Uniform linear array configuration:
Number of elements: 4
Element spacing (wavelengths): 1
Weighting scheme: blackman
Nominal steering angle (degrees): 15
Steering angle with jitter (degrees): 16.878
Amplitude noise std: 0.05
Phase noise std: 0.05

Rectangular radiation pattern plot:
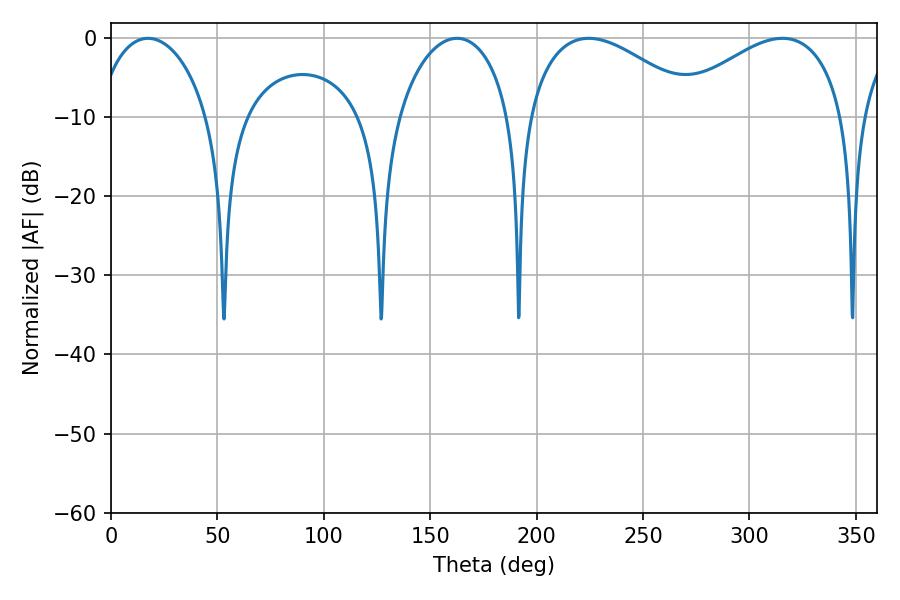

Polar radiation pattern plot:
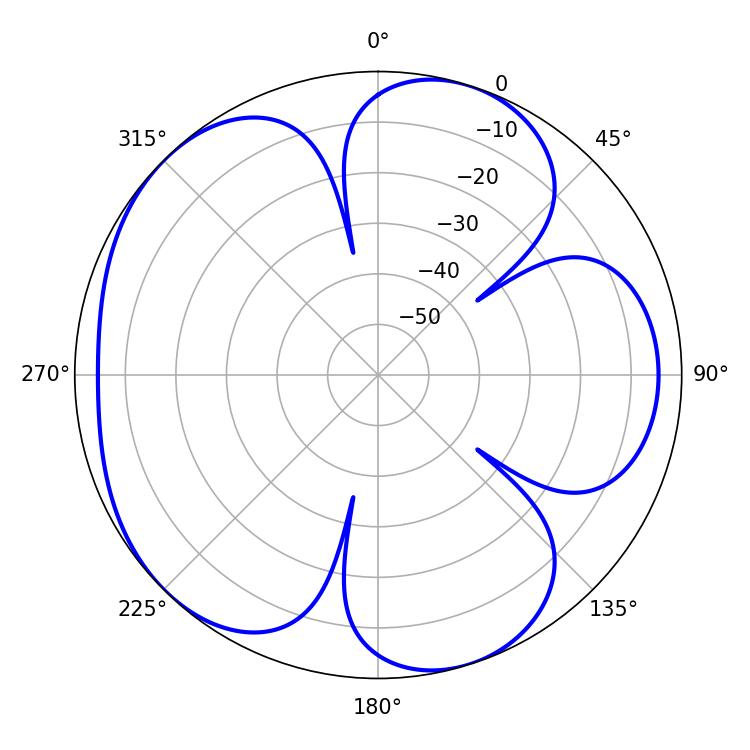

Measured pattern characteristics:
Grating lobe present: TRUE
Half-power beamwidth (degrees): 45
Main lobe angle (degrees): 224.46